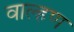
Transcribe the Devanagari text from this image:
वाल्हण